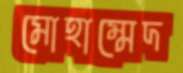
মোহাম্মেদ